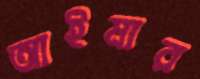
আইমার